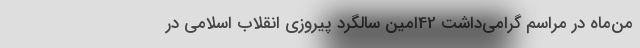
من‌ماه در مراسم گرامی‌داشت 42اُمین سالگرد پیروزی انقلاب اسلامی در